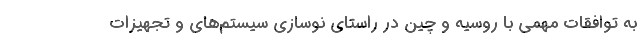
به توافقات مهمی با روسیه و چین در راستای نوسازی سیستم‌های و تجهیزات